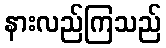
နားလည်ကြသည်